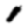
Digit: 1